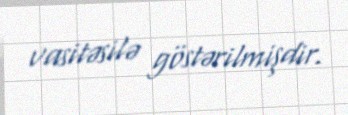
vasitəsilə göstərilmişdir.